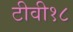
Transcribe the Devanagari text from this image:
टीवी१८